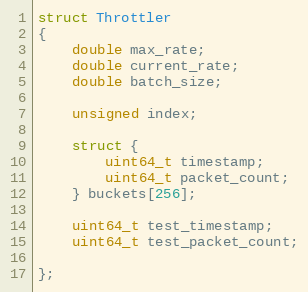
Language: C
struct Throttler
{
    double max_rate;
    double current_rate;
    double batch_size;

    unsigned index;

    struct {
        uint64_t timestamp;
        uint64_t packet_count;
    } buckets[256];

    uint64_t test_timestamp;
    uint64_t test_packet_count;

};